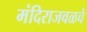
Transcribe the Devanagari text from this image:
मंदिराजवळचे